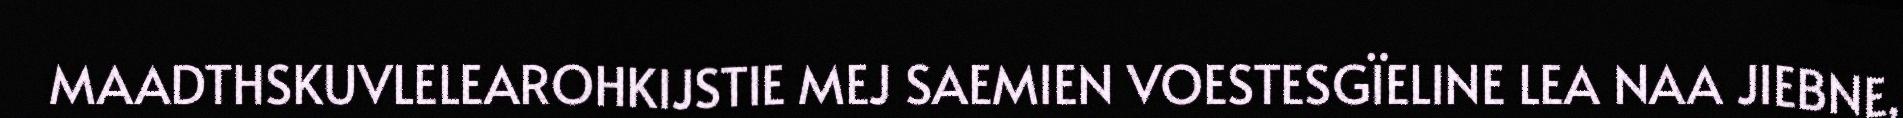
MAADTHSKUVLELEAROHKIJSTIE MEJ SAEMIEN VOESTESGÏELINE LEA NAA JIEBNE,